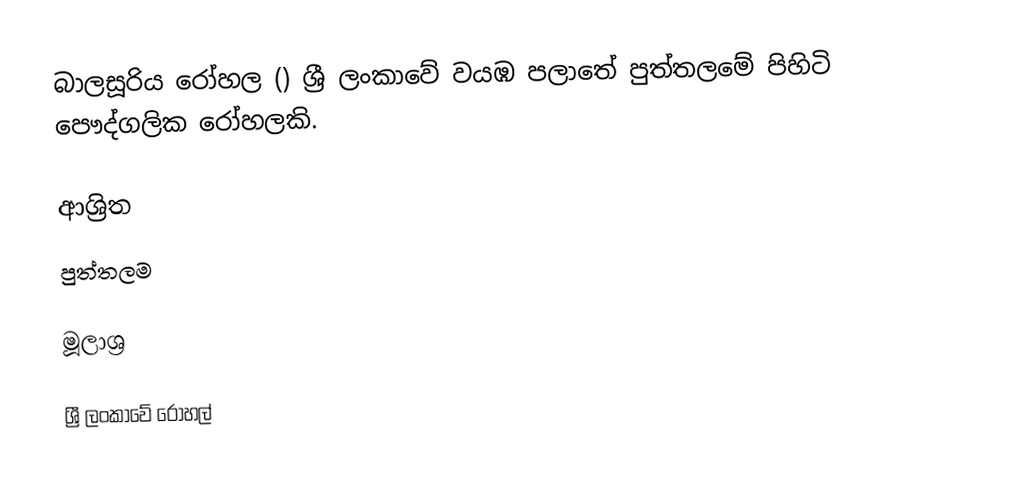
බාලසූරිය රෝහල () ශ්‍රී ලංකාවේ වයඹ පලාතේ පුත්තලමේ පිහිටි පෞද්ගලික රෝහලකි.

ආශ්‍රිත
 පුත්තලම

මූලාශ්‍ර

ශ්‍රී ලංකාවේ රෝහල්